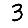
Digit: 3